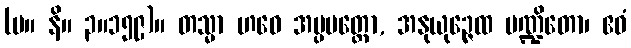
(မ။ နိ။ ၃။၁၅၉)။ တသ္မာ ဟဝေ အပ္ပမတ္တော, အနုယုဉ္ဇေထ ပဏ္ဍိတော၊ ဧဝံ